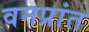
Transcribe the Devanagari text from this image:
वनप्रांत